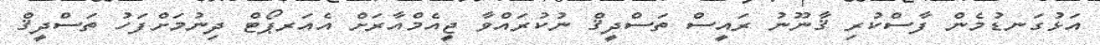
އަޅުގަނޑުމެން ފާސްކުރި ޤާނޫނު ރައީސް ތަސްދީޤް ނުކުރައްވާ ޖީއެމްއާރަށް އެއަރޕޯޓް ދިނުމަށްފަހު ތަސްދީޤް